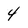
Character: 4